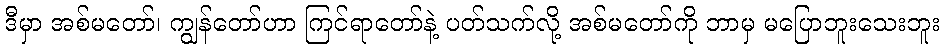
ဒီမှာ အစ်မတော်၊ ကျွန်တော်ဟာ ကြင်ရာတော်နဲ့ ပတ်သက်လို့ အစ်မတော်ကို ဘာမှ မပြောဘူးသေးဘူး